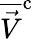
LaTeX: \overline{{\vec{V}}}^{\mathrm{c}}